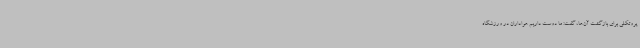
پروتکلی برای بازگشت‌ آن‌ها، گفت: ما دوست داریم هواداران در ورزشگاه